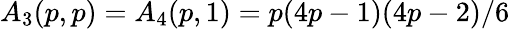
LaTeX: A_{3}(p,p)=A_{4}(p,1)=p(4p-1)(4p-2)/6